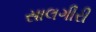
સાલગીરી